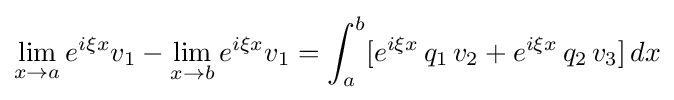
\lim _{x\to a}e^{i\xi x}v_{1}-\lim _{x\to b}e^{i\xi x}v_{1}=\int _{a}^{b}[e^{i\xi x}\,q_{1}\,v_{2}+e^{i\xi x}\,q_{2}\,v_{3}]\,dx